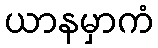
ယာနမှာကံ